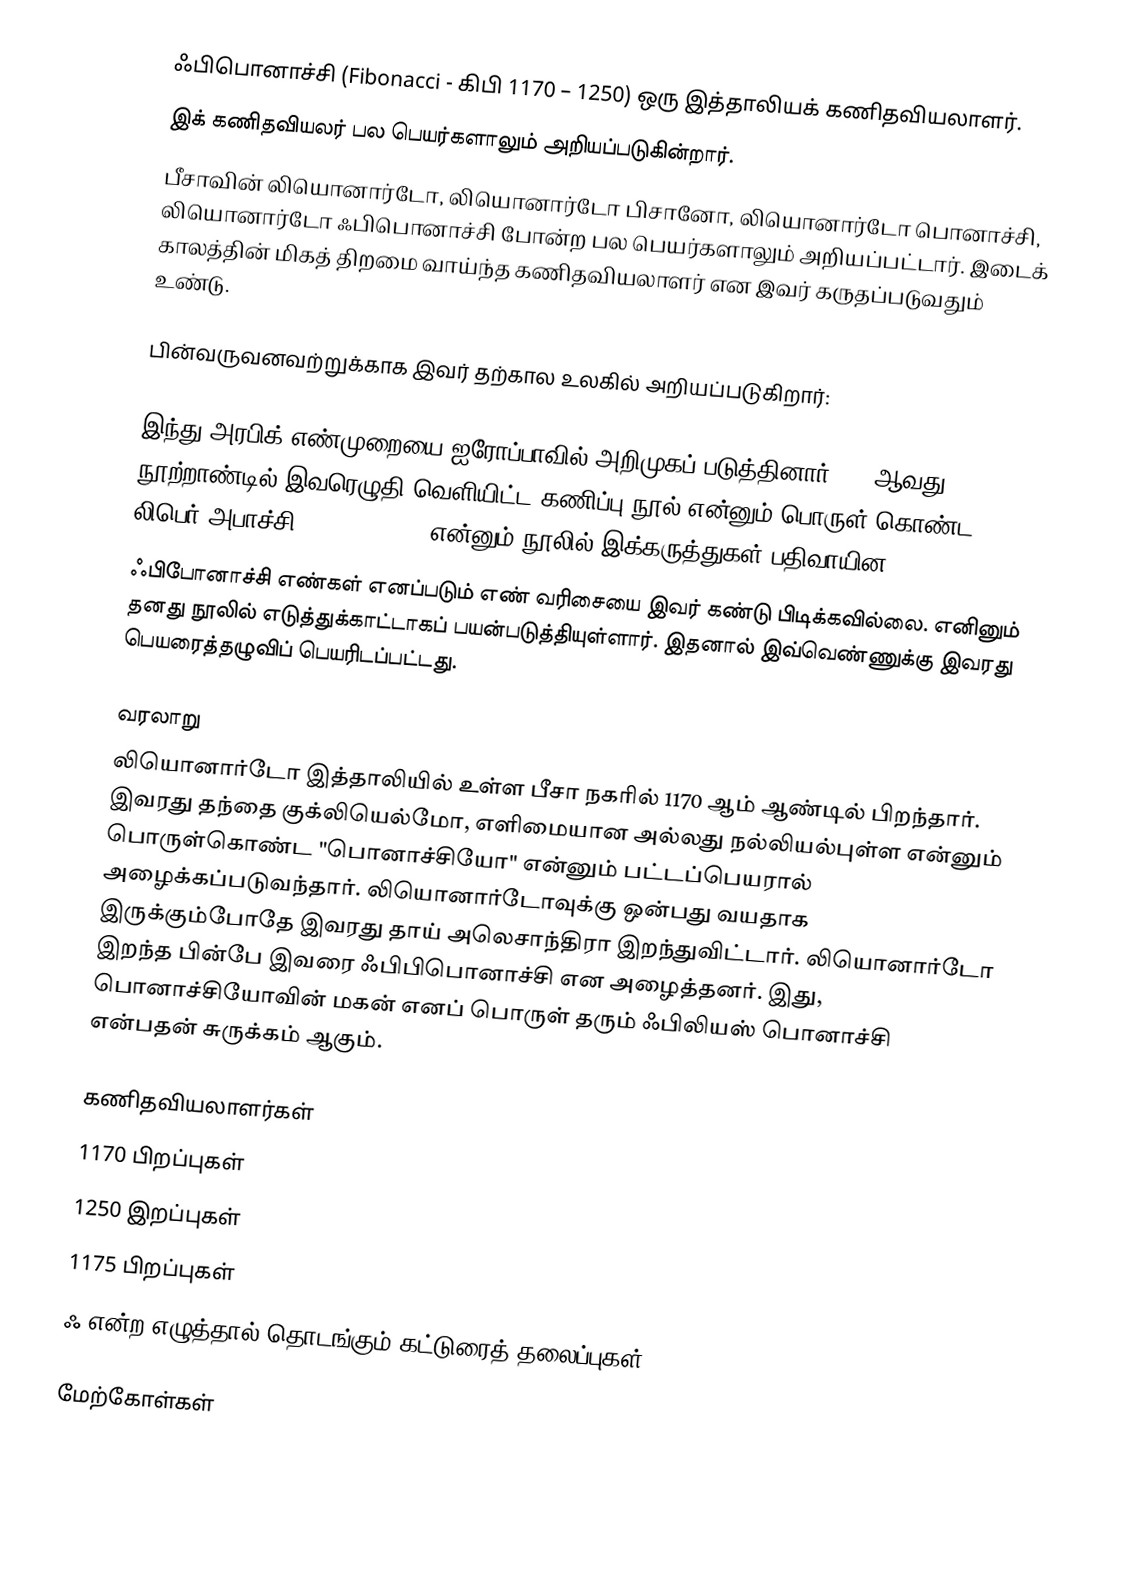
ஃபிபொனாச்சி (Fibonacci - கிபி 1170 – 1250) ஒரு இத்தாலியக் கணிதவியலாளர்.
இக் கணிதவியலர் பல பெயர்களாலும் அறியப்படுகின்றார்.
பீசாவின் லியொனார்டோ, லியொனார்டோ பிசானோ, லியொனார்டோ பொனாச்சி, லியொனார்டோ ஃபிபொனாச்சி போன்ற பல பெயர்களாலும் அறியப்பட்டார். இடைக் காலத்தின் மிகத் திறமை வாய்ந்த கணிதவியலாளர் என இவர் கருதப்படுவதும் உண்டு.

பின்வருவனவற்றுக்காக இவர் தற்கால உலகில் அறியப்படுகிறார்:

 இந்து-அரபிக் எண்முறையை ஐரோப்பாவில் அறிமுகப் படுத்தினார். 13 ஆவது நூற்றாண்டில் இவரெழுதி வெளியிட்ட கணிப்பு நூல் என்னும் பொருள் கொண்ட லிபெர் அபாச்சி (Liber Abaci) என்னும் நூலில் இக்கருத்துகள் பதிவாயின.
 ஃபிபோனாச்சி எண்கள் எனப்படும் எண் வரிசையை இவர் கண்டு பிடிக்கவில்லை. எனினும் தனது நூலில் எடுத்துக்காட்டாகப் பயன்படுத்தியுள்ளார். இதனால் இவ்வெண்ணுக்கு இவரது பெயரைத்தழுவிப் பெயரிடப்பட்டது.

வரலாறு
லியொனார்டோ இத்தாலியில் உள்ள பீசா நகரில் 1170 ஆம் ஆண்டில் பிறந்தார். இவரது தந்தை குக்லியெல்மோ, எளிமையான அல்லது நல்லியல்புள்ள என்னும் பொருள்கொண்ட "பொனாச்சியோ" என்னும் பட்டப்பெயரால் அழைக்கப்படுவந்தார். லியொனார்டோவுக்கு ஒன்பது வயதாக இருக்கும்போதே இவரது தாய் அலெசாந்திரா இறந்துவிட்டார். லியொனார்டோ இறந்த பின்பே இவரை ஃபிபிபொனாச்சி என அழைத்தனர். இது, பொனாச்சியோவின் மகன் எனப் பொருள் தரும் ஃபிலியஸ் பொனாச்சி என்பதன் சுருக்கம் ஆகும்.

கணிதவியலாளர்கள்
1170 பிறப்புகள்
1250 இறப்புகள்
1175 பிறப்புகள்
ஃ என்ற எழுத்தால் தொடங்கும் கட்டுரைத் தலைப்புகள்

மேற்கோள்கள்